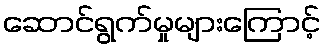
ဆောင်ရွက်မှုများကြောင့်